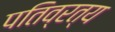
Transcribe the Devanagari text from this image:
पतिव्रत्य